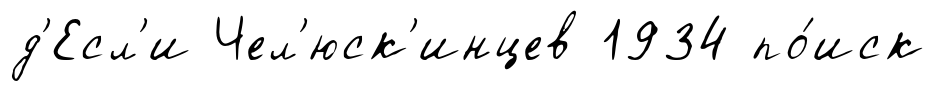
д'Есл'и Чел'юск'инцев 1934 по́иск